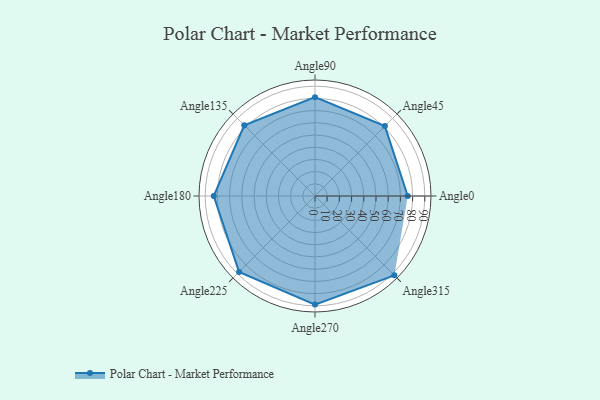
{"axis": {"x": "Angle", "y": "Radius"}, "legend": [""], "data": [{"x": "Angle0", "y": 76.0, "type": ""}, {"x": "Angle45", "y": 81.0, "type": ""}, {"x": "Angle90", "y": 81.0, "type": ""}, {"x": "Angle135", "y": 82.0, "type": ""}, {"x": "Angle180", "y": 83.0, "type": ""}, {"x": "Angle225", "y": 88.0, "type": ""}, {"x": "Angle270", "y": 89.0, "type": ""}, {"x": "Angle315", "y": 92.0, "type": ""}]}